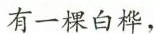
有一棵白桦，